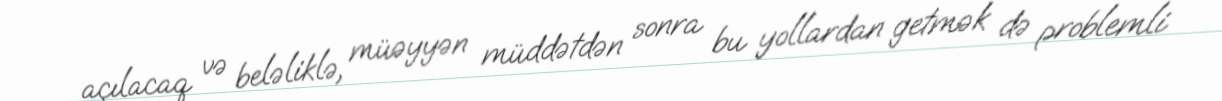
açılacaq və beləliklə, müəyyən müddətdən sonra bu yollardan getmək də problemli